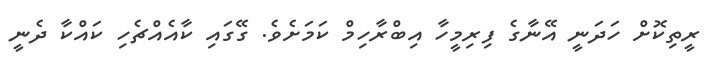
ރީތިކޮށް ހަދަނީ އޭނާގެ ފިރިމީހާ އިބްރާހިމް ކަމަށެވެ. ގޭގައި ކާއެއްޗެހި ކައްކާ ދެނީ